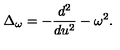
\Delta _ { \omega } = - { \frac { d ^ { 2 } } { d u ^ { 2 } } } - \omega ^ { 2 } .